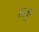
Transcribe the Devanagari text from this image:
ठरवु